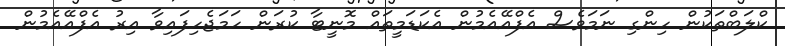
ކްލަބްތަކުން ހިންގި ނަމަވެސް އެފްއޭއެމުން އެކަޑަމީތައް މޮނީޓާ ކުރަން ހަމަޖެހިފައިވާ އިރު އެފްއޭއެމުން